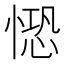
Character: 𢟈